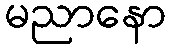
မညာနော